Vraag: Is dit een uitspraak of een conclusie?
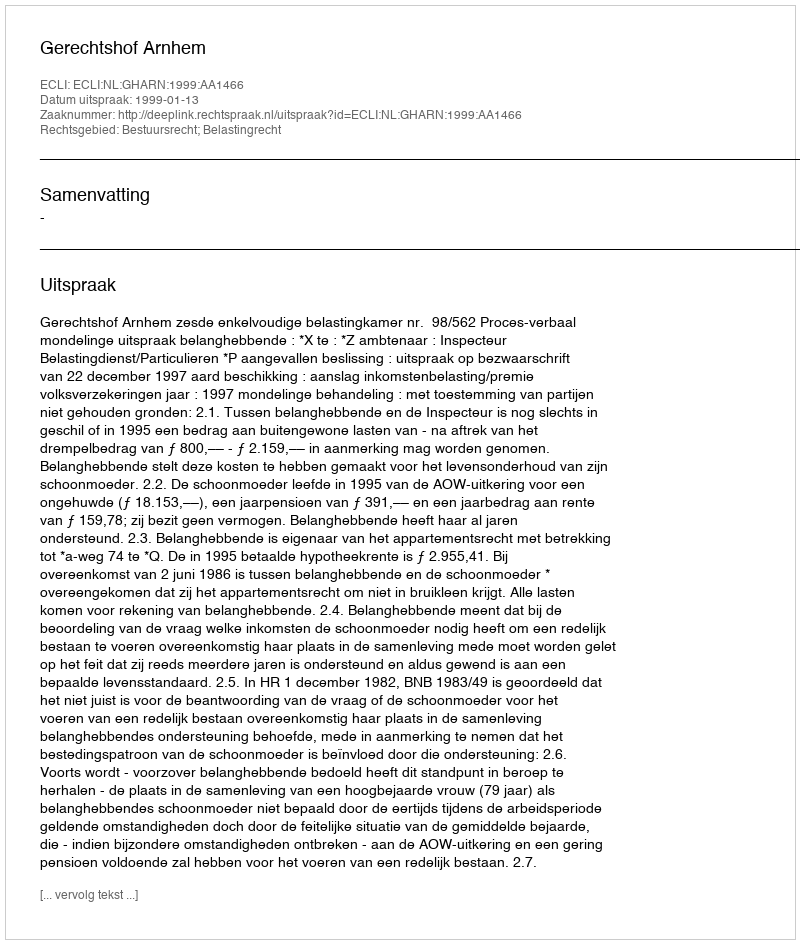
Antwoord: Uitspraak